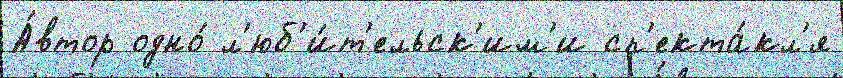
А́втор одно́ л'юб'и́т'ельск'им'и сп'екта́кл'я